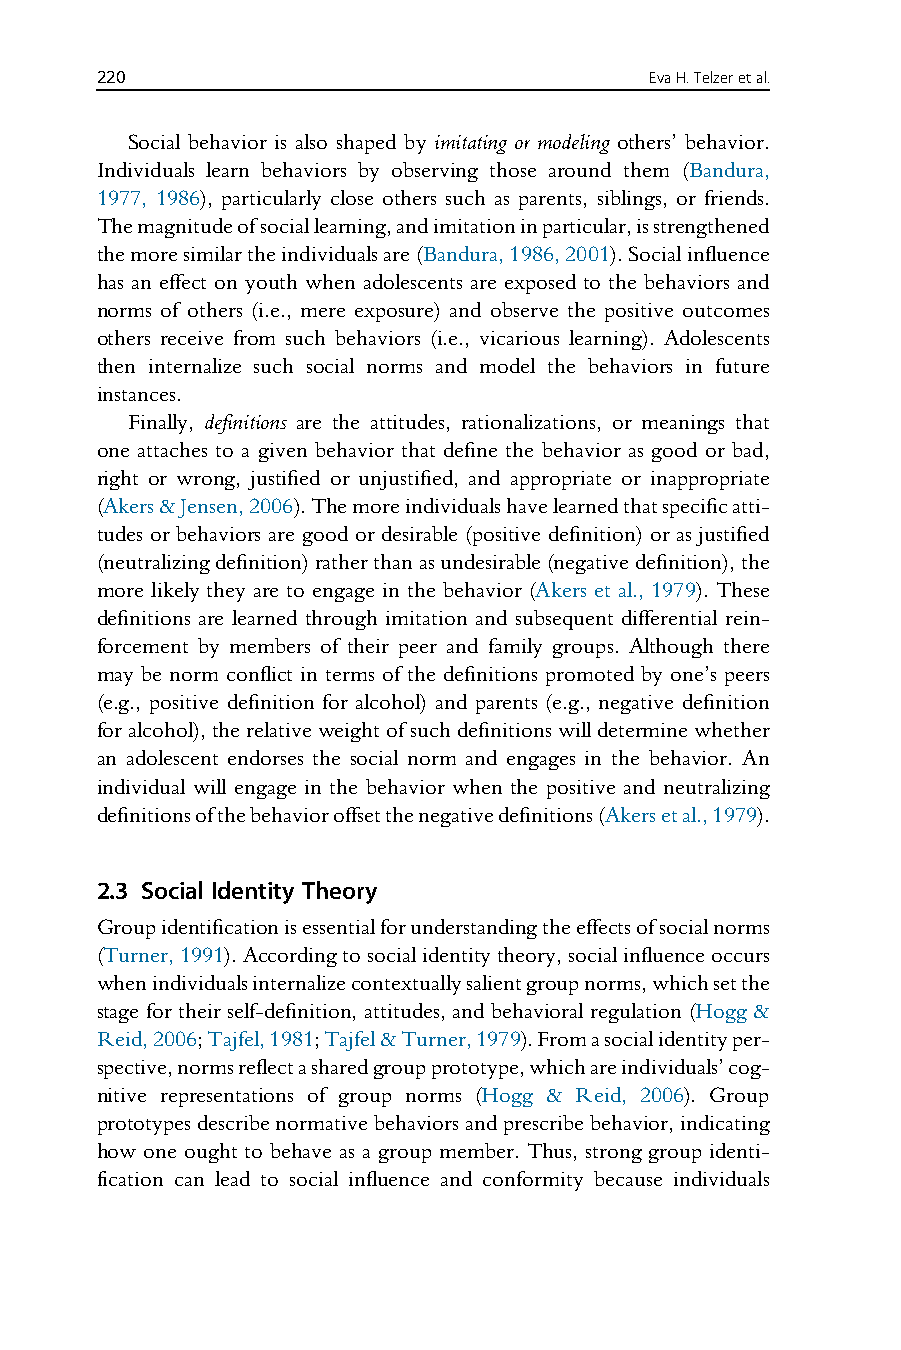
220                                  EvaH.Telzeretal.
 Social behavior is also shaped by imitating or modeling others’ behavior.
 Individuals learn behaviors by observing those around them (Bandura,
 1977, 1986), particularly close others such as parents, siblings, or friends.
 Themagnitudeofsociallearning,andimitationinparticular,isstrengthened
 themoresimilartheindividualsare(Bandura,1986,2001).Socialinfluence
 has an effect on youth when adolescents are exposed to the behaviors and
 norms of others (i.e., mere exposure) and observe the positive outcomes
 others receive from such behaviors (i.e., vicarious learning). Adolescents
 then internalize such social norms and model the behaviors in future
 instances.
 Finally, definitions are the attitudes, rationalizations, or meanings that
 one attaches to a given behavior that define the behavior as good or bad,
 right or wrong, justified or unjustified, and appropriate or inappropriate
 (Akers&Jensen,2006).Themoreindividualshavelearnedthatspecificatti-
 tudes or behaviors are good or desirable (positive definition) or as justified
 (neutralizingdefinition)ratherthanasundesirable(negativedefinition),the
 more likely they are to engage in the behavior (Akers et al., 1979). These
 definitions are learned through imitation and subsequent differential rein-
 forcement by members of their peer and family groups. Although there
 may be norm conflict in terms of the definitions promoted by one’s peers
 (e.g., positive definition for alcohol) and parents (e.g., negative definition
 foralcohol),therelativeweightofsuchdefinitionswilldeterminewhether
 an adolescent endorses the social norm and engages in the behavior. An
 individual will engage in the behavior when the positive and neutralizing
 definitionsofthebehavioroffsetthenegativedefinitions(Akersetal.,1979).
 2.3 Social Identity Theory
 Groupidentificationisessentialforunderstandingtheeffectsofsocialnorms
 (Turner,1991).Accordingtosocialidentitytheory,socialinfluenceoccurs
 whenindividualsinternalizecontextuallysalientgroupnorms,whichsetthe
 stage for their self-definition, attitudes, and behavioral regulation (Hogg &
 Reid,2006;Tajfel,1981;Tajfel&Turner,1979).Fromasocialidentityper-
 spective,normsreflectasharedgroupprototype,whichareindividuals’cog-
 nitive representations of group norms (Hogg & Reid, 2006). Group
 prototypesdescribenormativebehaviorsandprescribebehavior,indicating
 how one ought to behave as a group member. Thus, strong group identi-
 fication can lead to social influence and conformity because individuals